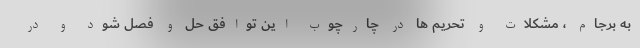
به برجام ، مشکلات و تحریم ها در چارچوب این توافق حل و فصل شود و در